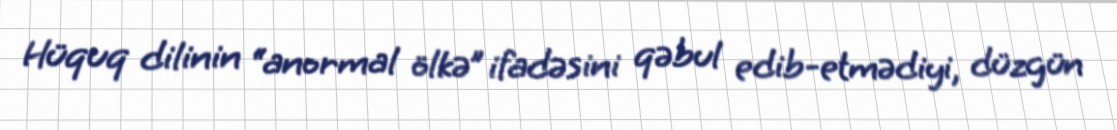
Hüquq dilinin “anormal ölkə” ifadəsini qəbul edib-etmədiyi, düzgün